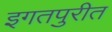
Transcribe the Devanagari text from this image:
इगतपुरीत